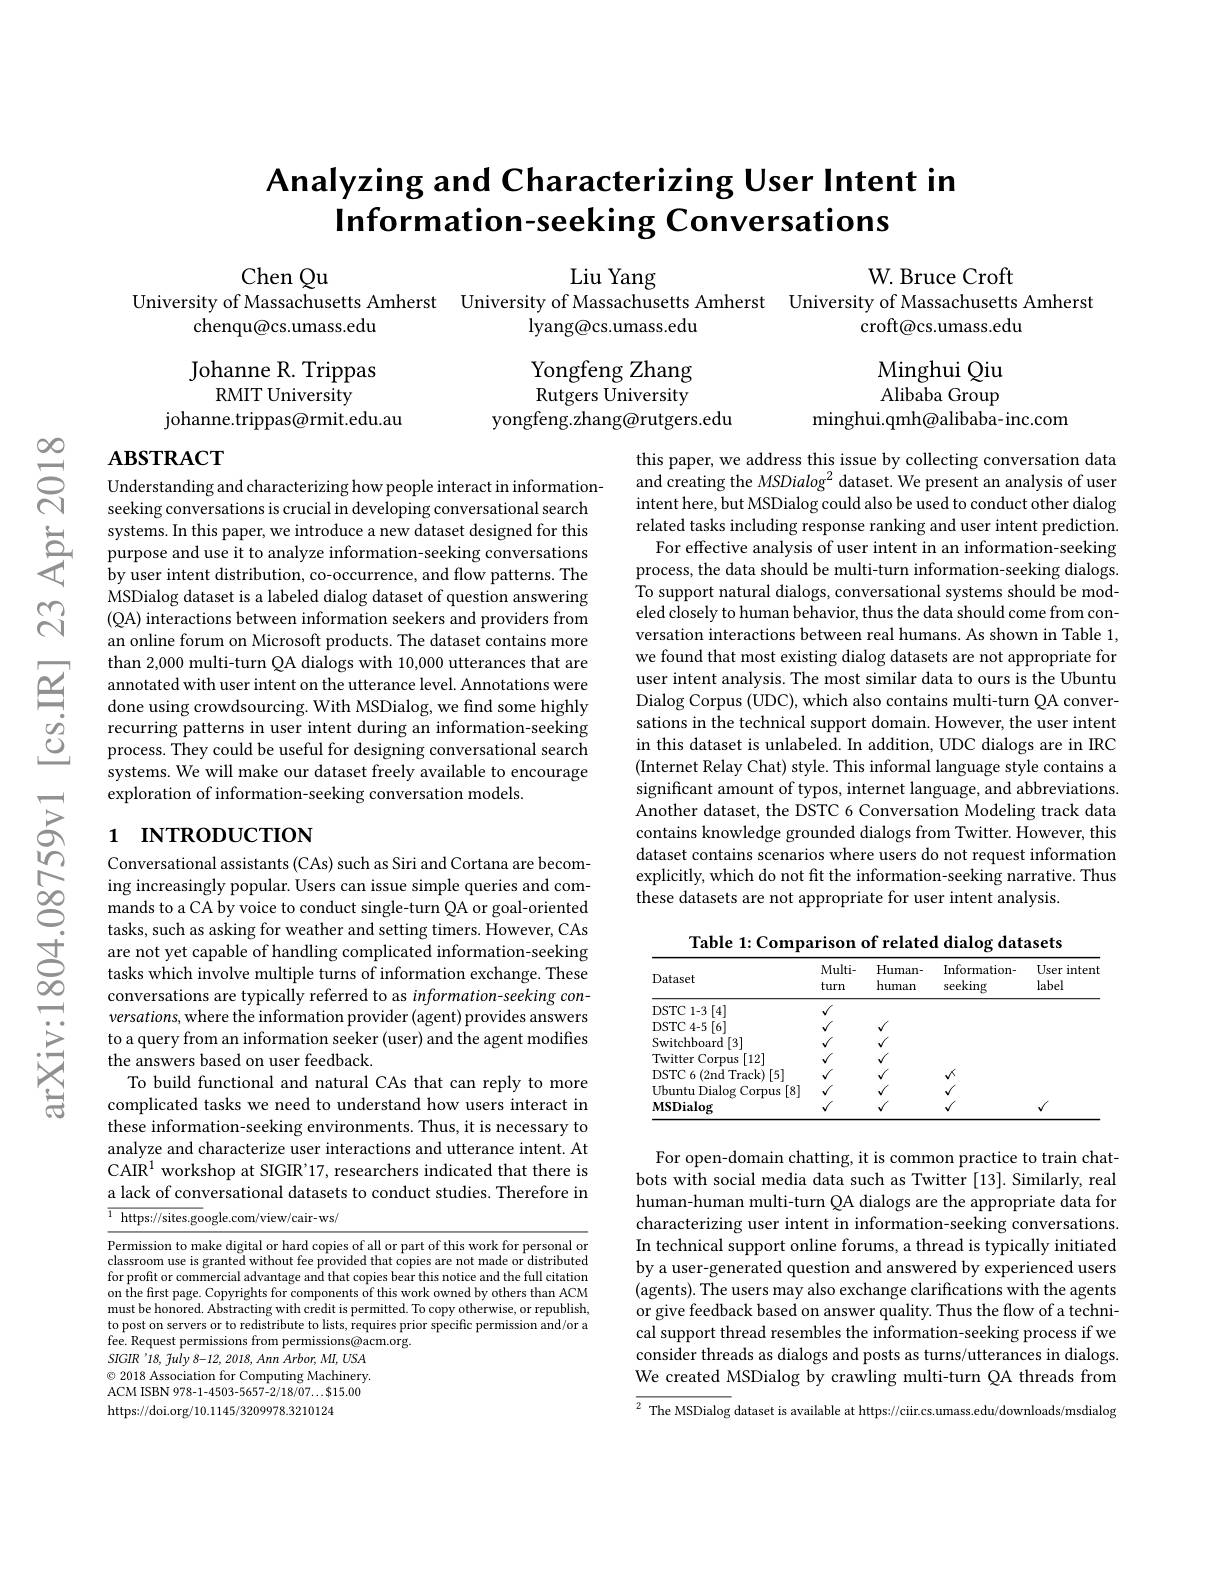
$స్సి$

# Analyzing and Characterizing User Intent in Information-seeking Conversations

Chen Qu

Liu Yang
W. Bruce Croft
University of Massachusetts Amherst University of Massachusetts Amherst University of Massachusetts Amherst
croft@cs.umass.edu
chenqu@cs.umass.edu
lyang@cs.umass.edu

Johanne R. Trippas
RMIT University
johanne.trippas@rmit.edu.au

Yongfeng Zhang Rutgers University
yongfeng.zhang@rutgers.edu

Minghui Qiu Alibaba Group
minghui.qmh@alibaba-inc.com

## $\mathbf{ABSTRACT}$

Understanding and characterizing how people interact in informationseeking conversations is crucial in developing conversational search
systems. In this paper, we introduce a new dataset designed for this purpose and use it to analyze information- seeking conversations by user intent distribution, co- occurrence, and flow patterns. The
by user intent distribution, co-occurrence, and flow patterns. The MSDialog dataset is a labeled dialog dataset of question answering (QA) interactions between information seekers and providers from an online forum on Microsoft products. The dataset contains more than 2,000 multi-turn QA dialogs with 10,000 utterances that are annotated with user intent on the utterance level. Annotations were done using crowdsourcing. With MSDialog, we find some highly recurring patterns in user intent during an information-seeking process. They could be useful for designing conversational search systems. We will make our dataset freely available to encourage exploration of information-seeking conversation models

this paper, we address this issue by collecting conversation data and creating the MSDialog$^2$ dataset. We present an analysis of user intent here, but MSDialog could also be used to conduct other dialog related tasks including response ranking and user intent prediction. For effective analysis of user intent in an information-seeking process, the data should be multi-turn information-seeking dialogs. To support natural dialogs, conversational systems should be modeled closely to human behavior, thus the data should come from conversation interactions between real humans. As shown in Table 1, we found that most existing dialog datasets are not appropriate for user intent analysis. The most similar data to ours is the Ubuntu Dialog Corpus (UDC), which also contains multi-turn QA conversations in the technical support domain. However, the user intent in this dataset is unlabeled. In addition, UDC dialogs are in IRC (Internet Relay Chat) style. This informal language style contains a significant amount of typos, internet language, and abbreviations. Another dataset, the DSTC 6 Conversation Modeling track data contains knowledge grounded dialogs from Twitter. However, this dataset contains scenarios where users do not request information explicitly, which do not fit the information-seeking narrative. Thus these datasets are not appropriate for user intent analysis

# 1 INTRODUCTION

Conversational assistants (CAs) such as Siri and Cortana are becom-
Conversatonal assistants( CAs) such as SPr and Cortana are becom ing increasingly popular. Users can issue simple queries and com mands to a CA by voice to conduct single- turn QA or goal- oriented tasks uch as asking for weather and setting ti
tasks, such as asking for weather and setting timers. However, CAs
conversations are typically referred to as information-seeking conversations, where the information provider (agent) provides answers to a query from an information seeker (user) and the agent modifies the answers based on user feedback.
To build functional and natural CAs that can reply to more complicated tasks we need to understand how users interact in these information-seeking environments. Thus, it is necessary to analyze and characterize user interactions and utterance intent. At CAIR$^1$ workshop at SIGIR'17, researchers indicated that there is a lack of conversational datasets to conduct studies. Therefore in $\boxed{^1\text{ https://sites.go}}$ogle.com/view/cair-ws/

Table 1: Comparison of related dialog datasets
<table>
	<tbody>
		<tr>
			<th>Dataset</th>
			<th>$Multi-$ turn</th>
			<th>Human- human</th>
			<th>Information- seeking</th>
			<th>User intent label</th>
		</tr>
		<tr>
			<td>DSTC 1- 3 [ 4] </td>
			<td>$\sqrt{1}$</td>
			<td> </td>
			<td> </td>
			<td> </td>
		</tr>
		<tr>
			<td>DSTC 4- 5 $\lceil6\rceil$</td>
			<td>$√$</td>
			<td>$\sqrt{1}$ 1 1</td>
			<td> </td>
			<td> </td>
		</tr>
		<tr>
			<td>Switchboard[3]</td>
			<td>$\sqrt{1}$</td>
			<td>$v$</td>
			<td> </td>
			<td> </td>
		</tr>
		<tr>
			<td>[12] Twitter ·C Corpus</td>
			<td>$√$</td>
			<td>$V$</td>
			<td> </td>
			<td> </td>
		</tr>
		<tr>
			<td>DSTC 6 ( 2nd Track) [ 5] </td>
			<td>$√$</td>
			<td>$V$</td>
			<td>$\mathbf{v}^{\prime}$</td>
			<td> </td>
		</tr>
		<tr>
			<td>MSDialog</td>
			<td>$√$</td>
			<td> </td>
			<td> </td>
			<td> </td>
		</tr>
	</tbody>
</table>

For open-domain chatting, it is common practice to train chatbots with social media data such as Twitter [13]. Similarly, real human-human multi-turn QA dialogs are the appropriate data for characterizing user intent in information-seeking conversations. In technical support online forums, a thread is typically initiated by a user-generated question and answered by experienced users (agents). The users may also exchange clarifications with the agents or give feedback based on answer quality. Thus the flow of a technical support thread resembles the information-seeking process if we consider threads as dialogs and posts as turns/utterances in dialogs We created MSDialog by crawling multi-turn QA threads from

<table>
	<tbody>
		<tr>
			<td>htt 1</td>
			<td>1/10.1145/3209978.3210124</td>
		</tr>
	</tbody>
</table>

$\overline{^2\text{ The MSDialog }}$dataset is available at https://ciir.cs.umass.edu/downloads/msdialog